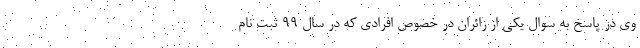
وی در پاسخ به سوال یکی از زائران در خصوص افرادی که در سال ۹۹ ثبت نام